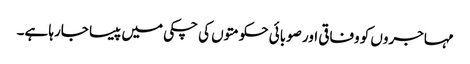
مہاجروں کو وفاقی اور صوبائی حکومتوں کی چکی میں پیسا جارہا ہے۔